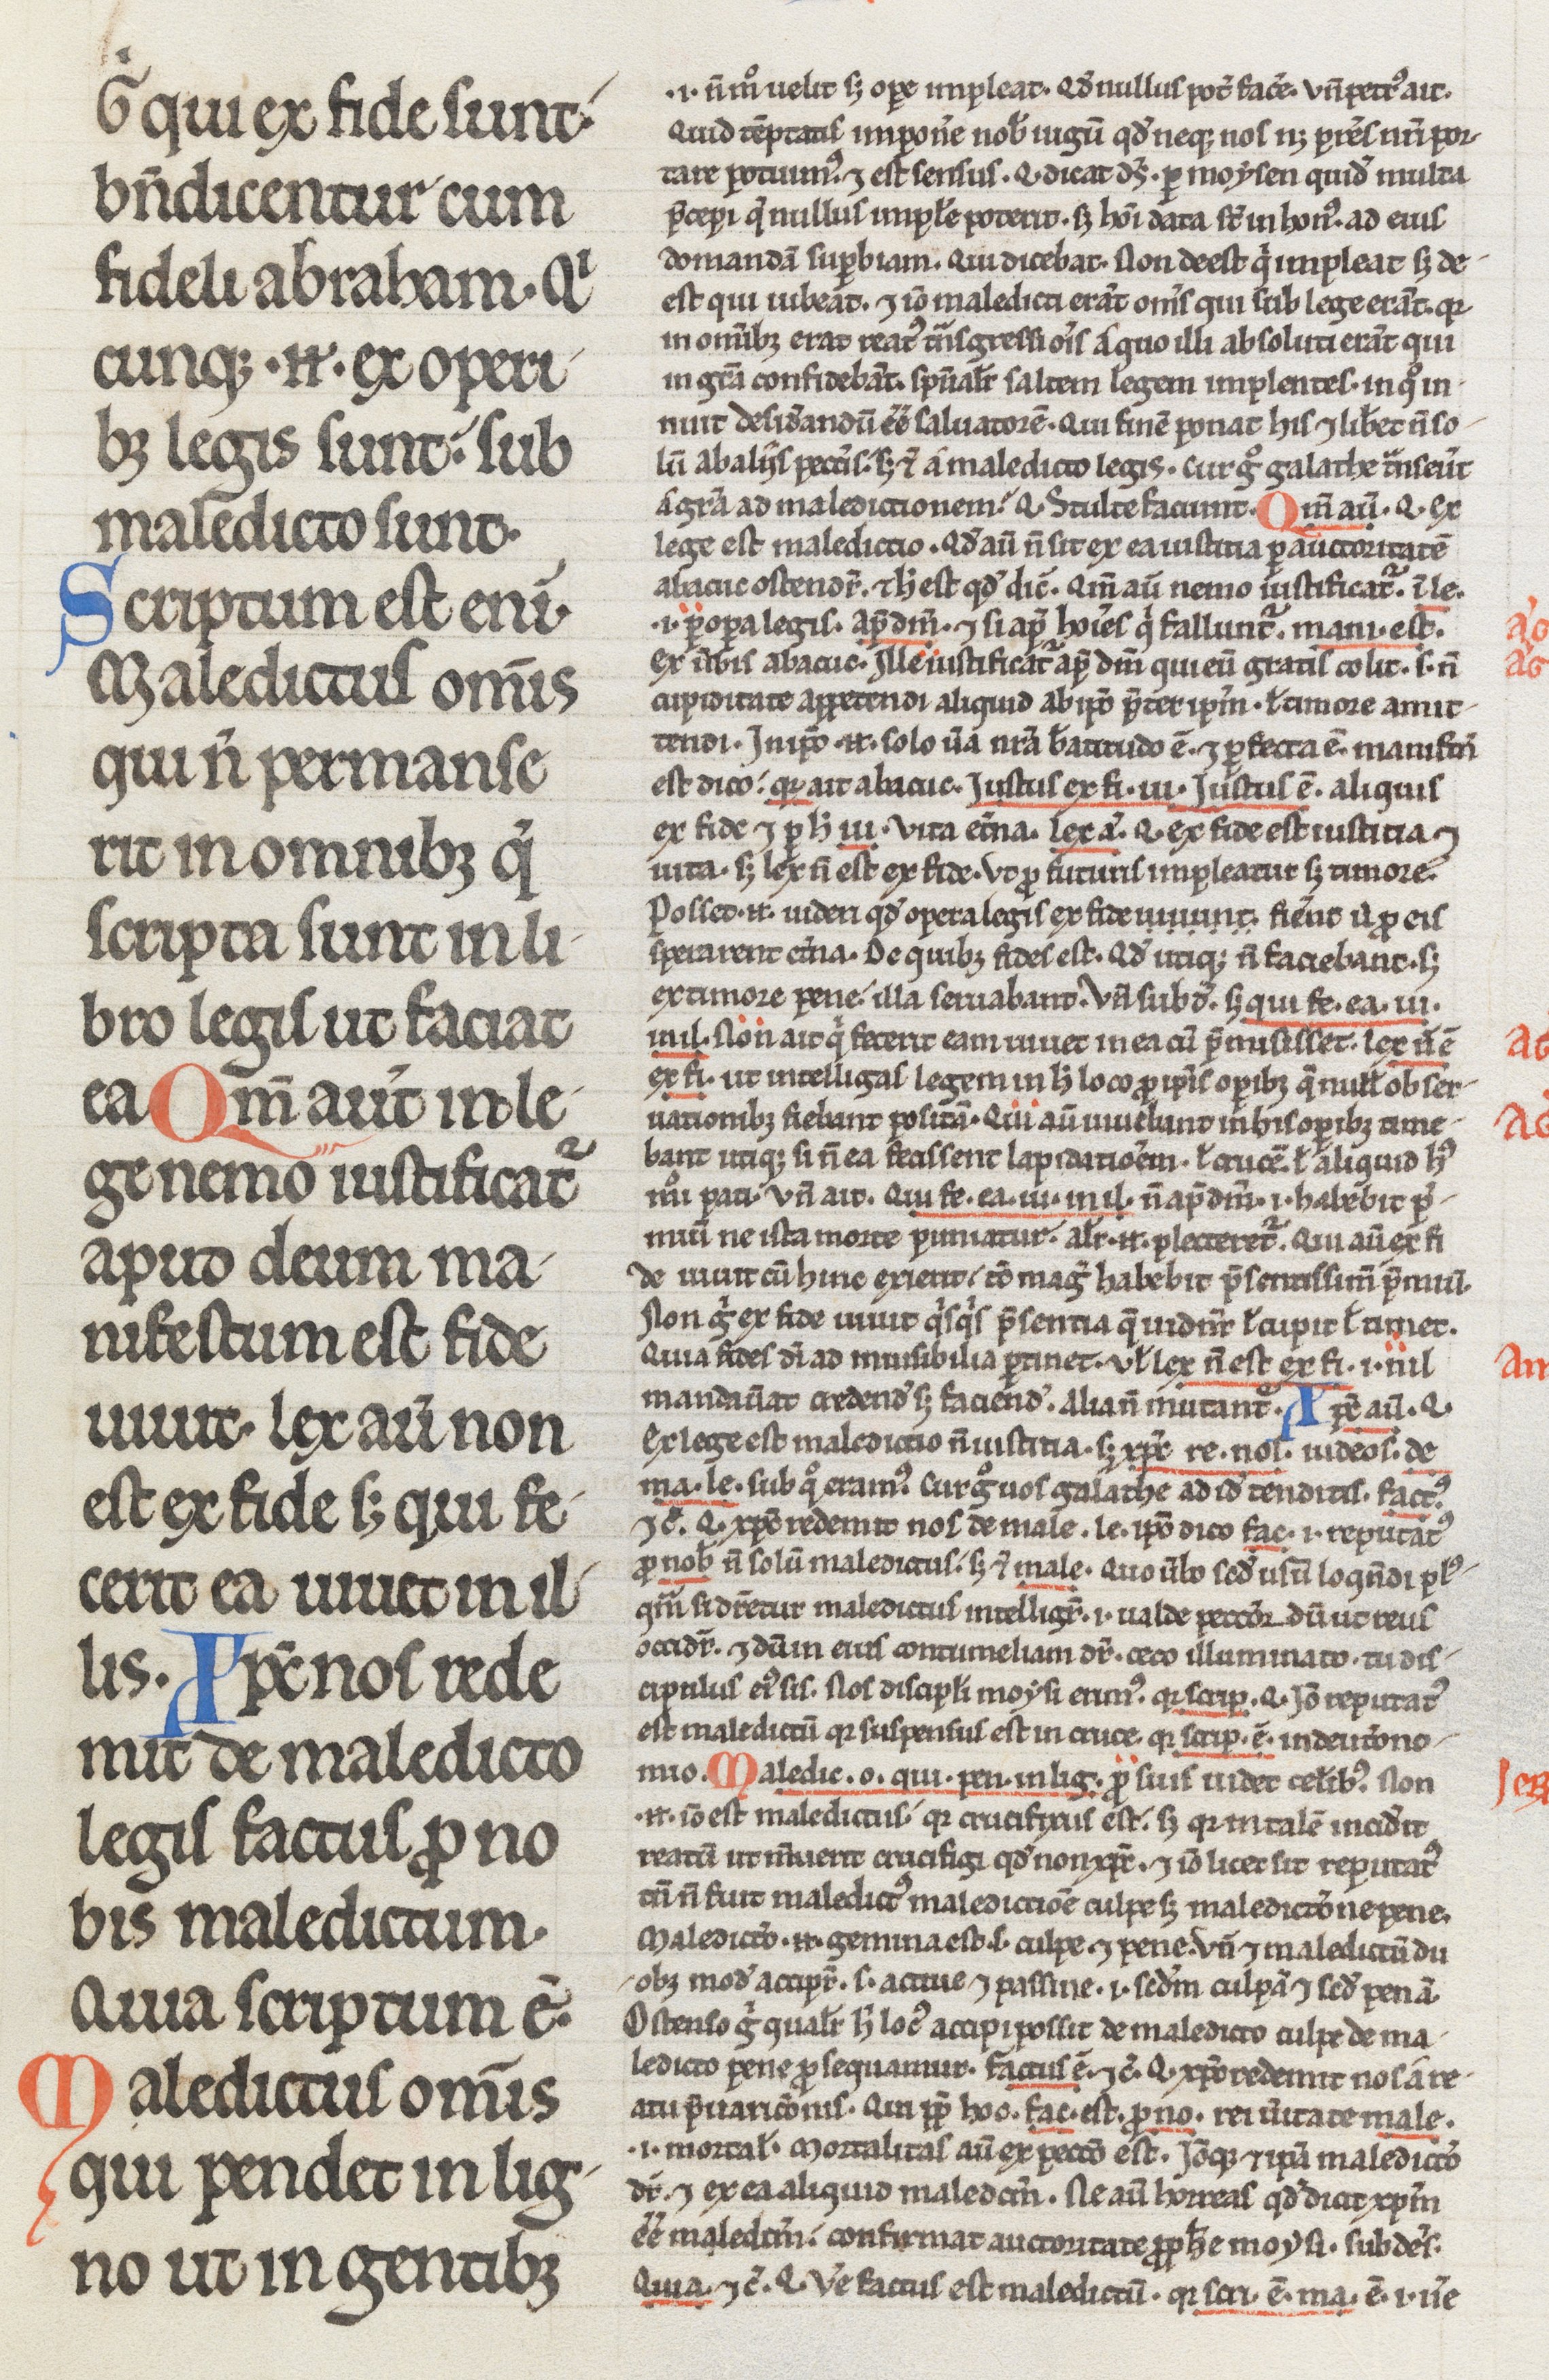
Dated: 1200–1299